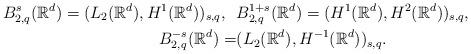
LaTeX: \begin{align*}B^{s}_{2,q}(\mathbb{R}^d) = (L_2(\mathbb{R}^d), H^1(\mathbb{R}^d))_{s,q}, \,\,\,\, &B^{1 + s}_{2,q}(\mathbb{R}^d) = (H^1(\mathbb{R}^d), H^2(\mathbb{R}^d))_{s,q},\\B^{-s}_{2,q}(\mathbb{R}^d) = &(L_2(\mathbb{R}^d), H^{-1}(\mathbb{R}^d))_{s,q}.\end{align*}